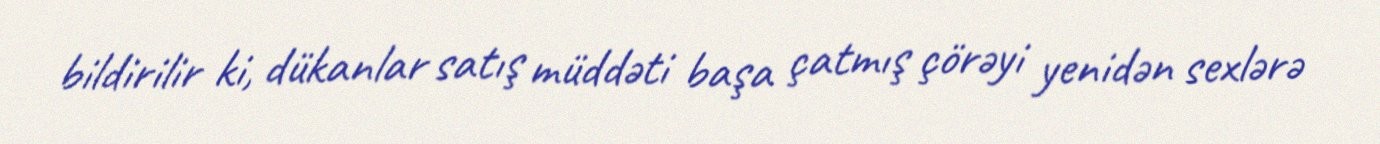
bildirilir ki, dükanlar satış müddəti başa çatmış çörəyi yenidən sexlərə